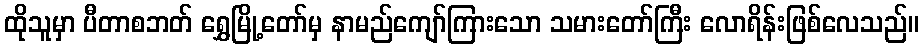
ထိုသူမှာ ပီတာစဘတ် ရွှေမြို့တော်မှ နာမည်ကျော်ကြားသော သမားတော်ကြီး လောရိန်းဖြစ်လေသည်။